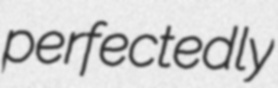
perfectedly